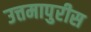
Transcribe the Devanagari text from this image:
उत्तमापुरीस